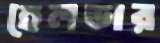
হেলডার